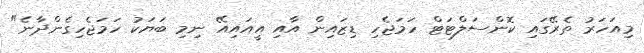
މިއަހަރު ތެރޭގައި ކޮންސަލްޓަޓް ހަމަޖެހި ޑިޒައިން އާއި އީއައިއޭ ނިމި ބަޔަކު ހަމަޖެހިގެންދާނެ"